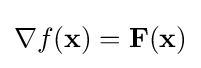
\nabla f(\mathbf {x} )=\mathbf {F} (\mathbf {x} )